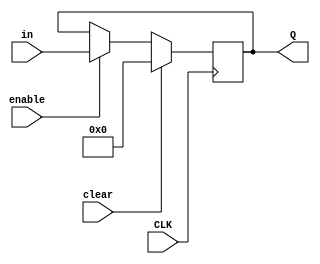
module FourBitRegister (
 input [3:0] in,
 input enable,
 input clear,
 input CLK,
 output reg [3:0] Q
);

wire [3:0] out;

/*FlipFlop first(.D(in[0] & enable), .CLK(CLK), .Q(out[0]));
FlipFlop second(.D(in[1] & enable), .CLK(CLK), .Q(out[1]));
FlipFlop third(.D(in[2] & enable), .CLK(CLK), .Q(out[2]));
FlipFlop fourth(.D(in[3] & enable), .CLK(CLK), .Q(out[3]));*/

always @(posedge CLK) begin
 if (clear)
  Q <= 4'b0;
 else if (enable)
  Q <= in;
end
endmodule